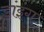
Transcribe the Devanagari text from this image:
डांइंग